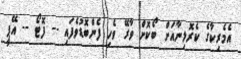
އެމެރިކާގެ ކެރޮލިނާއަށް ބޯކޮށް ވާރޭ ވެހި ފެންބޮޑުވެފައި -- ފޮޓޯ -- އޭޕީ